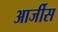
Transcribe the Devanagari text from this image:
आर्जीस